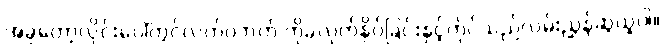
အခုတော့လိုင်းပေါ်တွင်လက်ဝဲဘက် ကိုခလုတ်နှိပ်ခြင်းနှင့်ကိုင်သည်လမ်းညွှန်ဆွဲယူပါ။